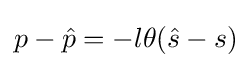
p-{\hat {p}}=-l\theta ({\hat {s}}-s)